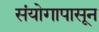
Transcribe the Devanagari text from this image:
संयोगापासून